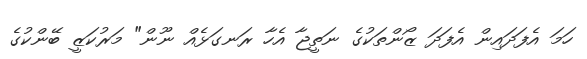
ހަމަ އެފަދައިން އެފަދަ ޒޯންތަކުގެ ނަތީޖާ އެހާ ރަނގަޅެއް ނޫން" މަރުކަޒީ ބޭންކުގެ